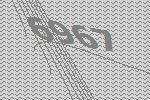
6967